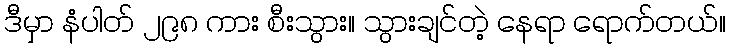
ဒီမှာ နံပါတ် ၂၉၈ ကား စီးသွား။ သွားချင်တဲ့ နေရာ ရောက်တယ်။